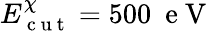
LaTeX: E_{\mathrm{~c~u~t~}}^{\chi}=500\ \mathrm{~e~V~}